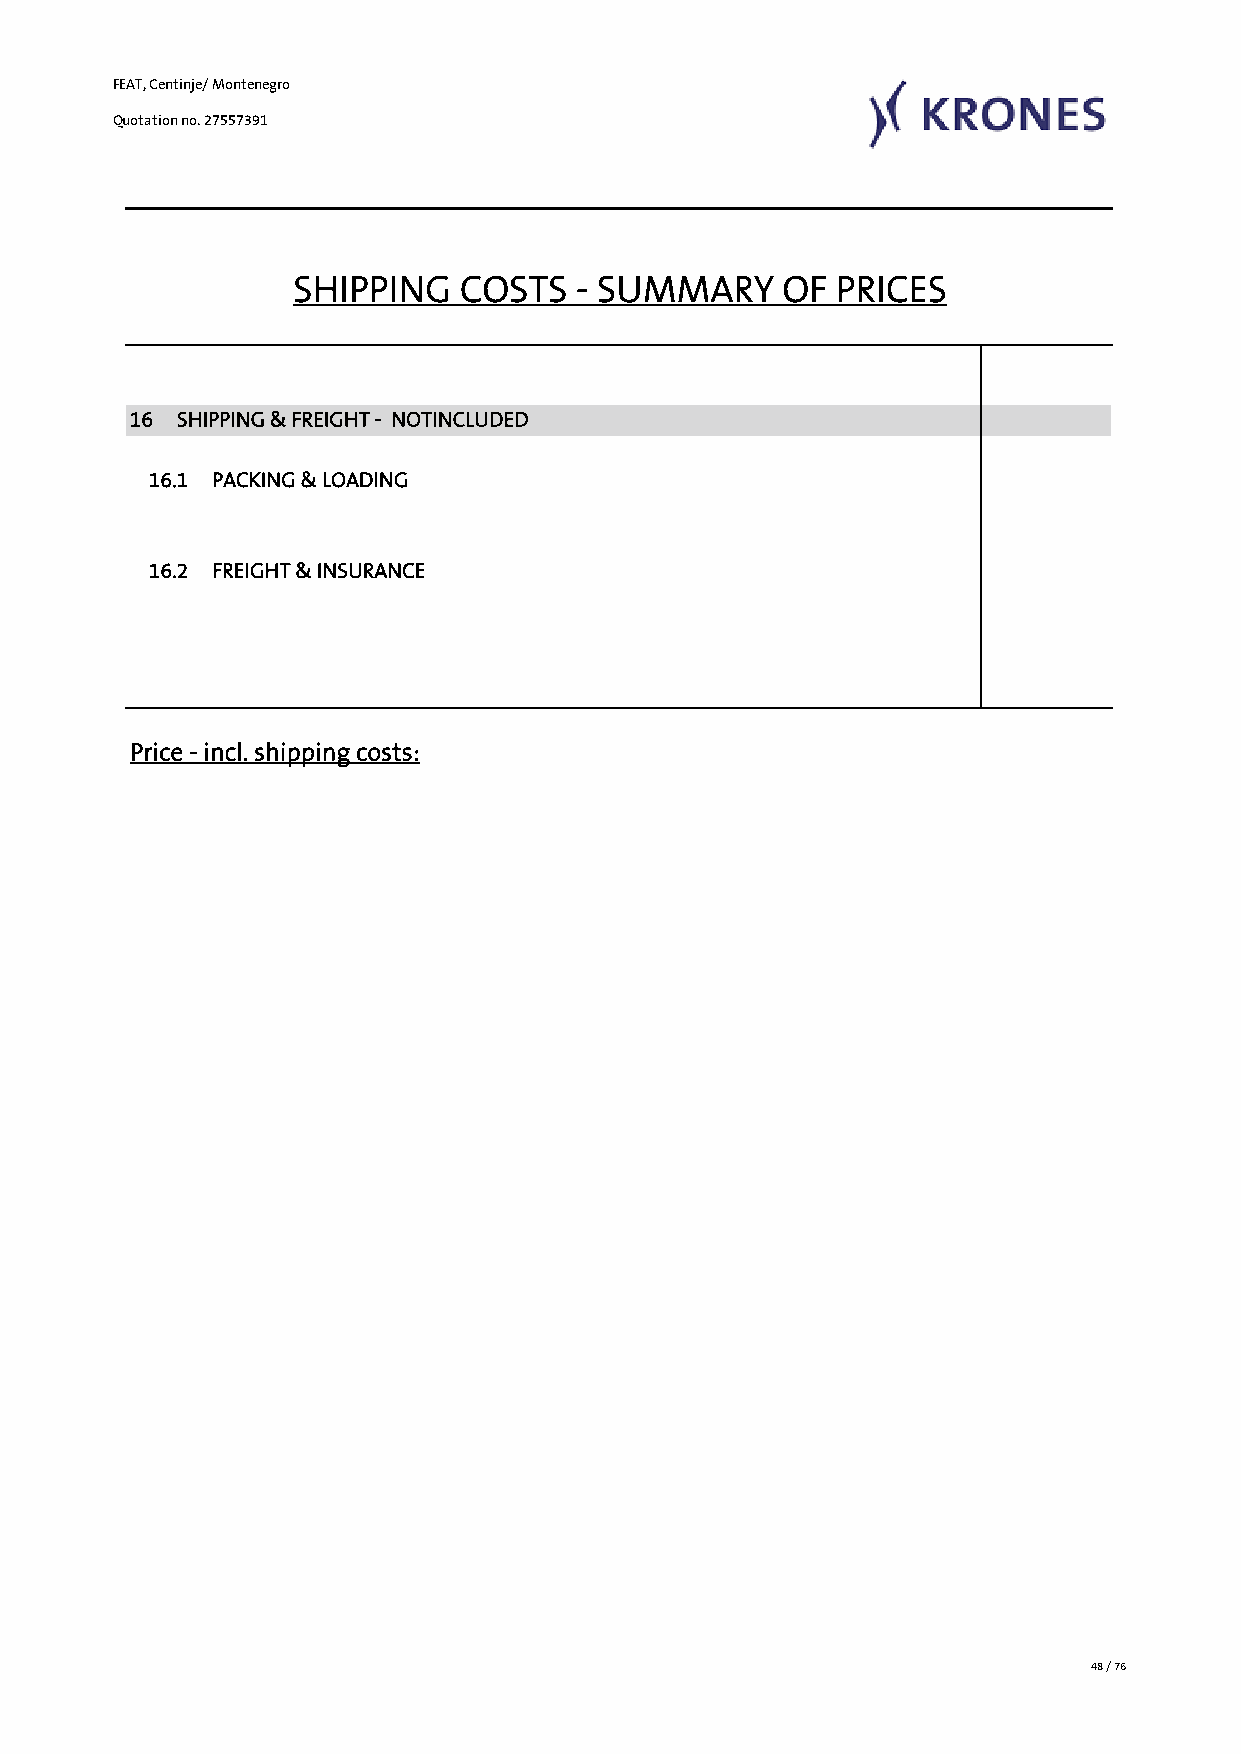
FEAT, Centinje/ Montenegro
 Quotation no. 27557391
 SHIPPING   COSTS   - SUMMARY    OF  PRICES
 16 SHIPPING & FREIGHT - NOTINCLUDED
 16.1 PACKING & LOADING
 16.2 FREIGHT & INSURANCE
 Price - incl. shipping costs:
 48 / 76